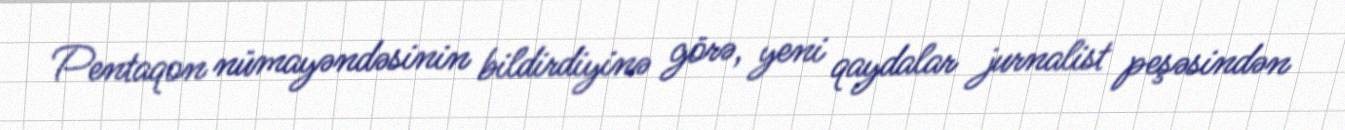
Pentaqon nümayəndəsinin bildirdiyinə görə, yeni qaydalar jurnalist peşəsindən